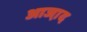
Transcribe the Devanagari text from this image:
आजा़द